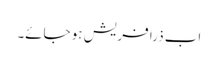
اب ذرا فریش ہو جائے۔